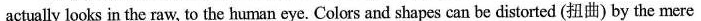
actually looks in the raw, to the human eye. Colors and shapes can be distorted (扭曲) by the mere